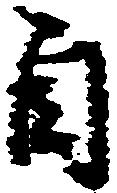
自